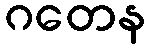
ဂတေန